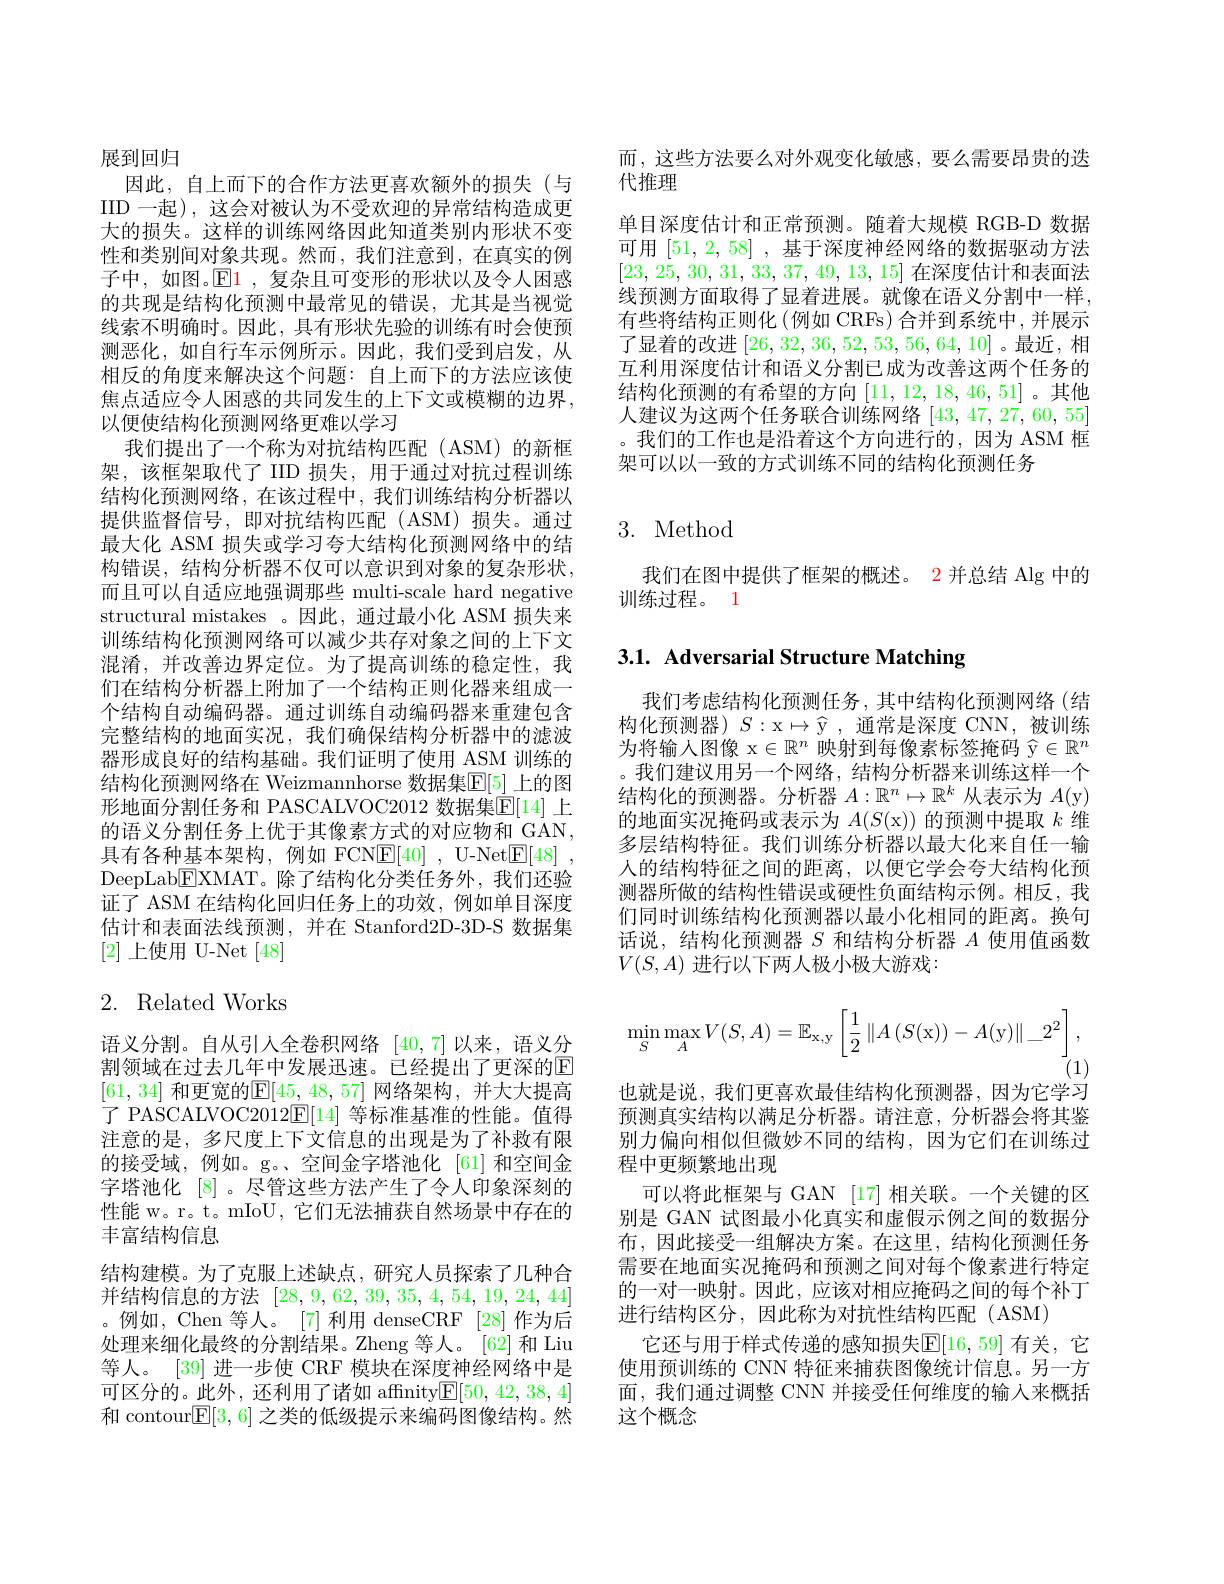
而 , 这些方法要么对外观变化敏感，要么需要昂贵的迭
代推理
单目深度估计和正常预测。随着大规模 RGB-D 数据可用[51,2,58] ,基于深度神经网络的数据驱动方法[23,25,30,31,33,37,49,13,15]在深度估计和表面法线预测方面取得了显着进展。就像在语义分割中一样， 有些将结构正则化(例如 CRFs) 合并到系统中，并展示了显着的改进[26,32,36,52,53,56,64,10] 。最近，相互利用深度估计和语义分割已成为改善这两个任务的结构化预测的有希望的方向[11,12,18,46,51] 。其他人建议为这两个任务联合训练网络[43,47,27,60,55] 。我们的工作也是沿着这个方向进行的，因为 ASM 框架可以以一致的方式训练不同的结构化预测任务

展到回归
因此，自上而下的合作方法更喜欢额外的损失(与IID 一起), 这会对被认为不受欢迎的异常结构造成更大的损失。这样的训练网络因此知道类别内形状不变性和类别间对象共现。然而，我们注意到，在真实的例子中，如图。$\mathbb{E}\color{red}{1}$ ,复杂且可变形的形状以及令人困惑的共现是结构化预测中最常见的错误，尤其是当视觉线索不明确时。因此，具有形状先验的训练有时会使预测恶化，如自行车示例所示。因此，我们受到启发，从相反的角度来解决这个问题：自上而下的方法应该使焦点适应令人困惑的共同发生的上下文或模糊的边界， 以便使结构化预测网络更难以学习
我们提出了一个称为对抗结构匹配(ASM)的新框架，该框架取代了 IID 损失，用于通过对抗过程训练结构化预测网络，在该过程中，我们训练结构分析器以提供监督信号，即对抗结构匹配(ASM)损失。通过最大化 ASM 损失或学习夸大结构化预测网络中的结构错误，结构分析器不仅可以意识到对象的复杂形状， 而且可以自适应地强调那些 multi-scale hard negative structural mistakes 。因此，通过最小化 ASM 损失来训练结构化预测网络可以减少共存对象之间的上下文混淆，并改善边界定位。为了提高训练的稳定性，我们在结构分析器上附加了一个结构正则化器来组成一个结构自动编码器。通过训练自动编码器来重建包含完整结构的地面实况，我们确保结构分析器中的滤波器形成良好的结构基础。我们证明了使用 ASM 训练的结构化预测网络在 Weizmannhorse 数据集$\mathbb{E}[5]$ 上的图形地面分割任务和 PASCALVOC2012 数据集$\mathbb{E}[14]$ 上的语义分割任务上优于其像素方式的对应物和 GAN, 具有各种基本架构，例如 FCN$\underline {\mathrm{E} }[ 40]$ , U-Net$\underline {\mathrm{E} }[ 48]$ , DeepLab$\boxed{\mathrm{F}}$XMAT。除了结构化分类任务外，我们还验证了 ASM 在结构化回归任务上的功效，例如单目深度估计和表面法线预测，并在 Stanford2D-3D-S 数据集[2]上使用 U-Net [48]

# 2. Related Works

语义分割。自从引人全卷积网络[40,7]以来，语义分割领域在过去几年中发展迅速。已经提出了更深的E [61,34] 和更宽的$\mathbb{E}[45,48,57]$ 网络架构，并大大提高了 PASCALVOC2012$\underline{\mathrm{E}}[14]$等标准基准的性能。值得注意的是，多尺度上下文信息的出现是为了补救有限的接受域，例如。g。、空间金字塔池化 [61]和空间金字塔池化[8] 。尽管这些方法产生了令人印象深刻的性能 w。r。t。mIoU, 它们无法捕获自然场景中存在的丰富结构信息
结构建模。为了克服上述缺点，研究人员探索了几种合并结构信息的方法[28,9,62,39,35,4,54,19,24,44] 。例如，Chen 等人。[7] 利用 denseCRF [28] 作为后处理来细化最终的分割结果。Zheng 等人。[62] 和 Liu 等人。[39] 进一步使 CRF 模块在深度神经网络中是可区分的。此外，还利用了诸如 affnity$\boxed{\mathrm{E}}[50,42,38,4]$ 和 contour$\mathbb{E}[3,6]$之类的低级提示来编码图像结构。然

## 3. Method

我们在图中提供了框架的概述。2 并总结 Alg 中的
训练过程。1

# 3.1. Adversarial Structure Matching

我们考虑结构化预测任务，其中结构化预测网络(结构化预测器)$S:$x$\mapsto\widehat{\mathrm{y}}$,通常是深度 CNN,被训练为将输入图像 x$\in\mathbb{R}^n$映射到每像素标签掩码$\widehat{\mathrm{y}}\in\mathbb{R}^n$ 。我们建议用另一个网络，结构分析器来训练这样一个结构化的预测器。分析器$A:\mathbb{R}^n\mapsto\mathbb{R}^k$从表示为$A($y) 的地面实况掩码或表示为$A(S($x))的预测中提取k维多层结构特征。我们训练分析器以最大化来自任一输人的结构特征之间的距离，以便它学会夸大结构化预测器所做的结构性错误或硬性负面结构示例。相反，我们同时训练结构化预测器以最小化相同的距离。换句话说，结构化预测器$S$和结构分析器$A$使用值函数$V(S,A)$ 进行以下两人极小极大游戏：
$$\min_{S}\max_{A}V(S,A)=\mathbb{E}_{\mathrm{x,y}}\left[\frac{1}{2}\left\|A\left(S(\mathrm{x})\right)-A(\mathrm{y})\right\|_2^{2}\right],$$
$\vec{(1)}$
也就是说，我们更喜欢最佳结构化预测器，因为它学习预测真实结构以满足分析器。请注意，分析器会将其鉴别力偏向相似但微妙不同的结构，因为它们在训练过程中更频繁地出现
可以将此框架与 GAN [17] 相关联。一个关键的区别是 GAN 试图最小化真实和虚假示例之间的数据分布，因此接受一组解决方案。在这里，结构化预测任务需要在地面实况掩码和预测之间对每个像素进行特定的一对一映射。因此，应该对相应掩码之间的每个补丁进行结构区分，因此称为对抗性结构匹配(ASM)
它还与用于样式传递的感知损失$\mathbb{E}[16,59]$ 有关，它使用预训练的 CNN 特征来捕获图像统计信息。另一方面，我们通过调整 CNN 并接受任何维度的输入来概括这个概念